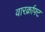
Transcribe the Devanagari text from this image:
वारर्क्राफ्ट